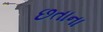
છતાના